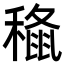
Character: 𮃞